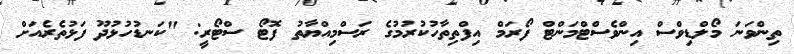
ތިންވަނަ މޯލްޑިވްސް އިންވެސްޓްމަންޓް ފޯރަމް އިފްތިތާހުކުރުމުގެ ރަސްމިއްޔާތު ފޮޓޯ ސްޓޯރީ: "ކަނޑުހުޅުދޫ ފަޅުތެރެއަށް